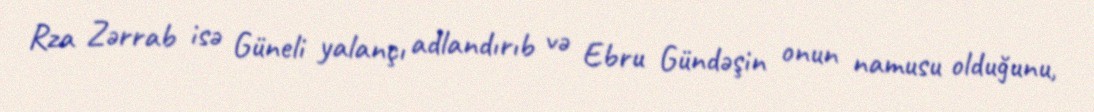
Rza Zərrab isə Güneli yalançı adlandırıb və Ebru Gündəşin onun namusu olduğunu,